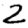
Digit: 2